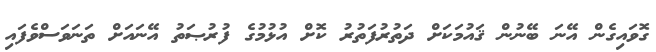
ގޮވައިގެން އޭނަ ބޭނުން ޤައުމަކަށް ދަތުރުފަތުރު ކޮށް އުޅުމުގެ ފުރުޞަތު އޭނައަށް ތަނަވަސްވެފައި